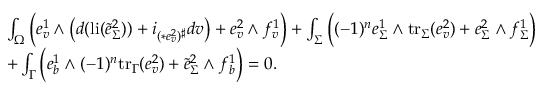
\begin{array} { r l } & { \int _ { \Omega } \Big ( e _ { v } ^ { 1 } \wedge \big ( d ( \mathrm { l i } ( \tilde { e } _ { \Sigma } ^ { 2 } ) ) + i _ { ( \ast e _ { v } ^ { 2 } ) ^ { \sharp } } d v \big ) + e _ { v } ^ { 2 } \wedge f _ { v } ^ { 1 } \Big ) + \int _ { \Sigma } \Big ( ( - 1 ) ^ { n } e _ { \Sigma } ^ { 1 } \wedge \mathrm { t r } _ { \Sigma } ( e _ { v } ^ { 2 } ) + e _ { \Sigma } ^ { 2 } \wedge f _ { \Sigma } ^ { 1 } \Big ) } \\ & { + \int _ { \Gamma } \Big ( e _ { b } ^ { 1 } \wedge ( - 1 ) ^ { n } \mathrm { t r } _ { \Gamma } ( e _ { v } ^ { 2 } ) + \tilde { e } _ { \Sigma } ^ { 2 } \wedge f _ { b } ^ { 1 } \Big ) = 0 . } \end{array}